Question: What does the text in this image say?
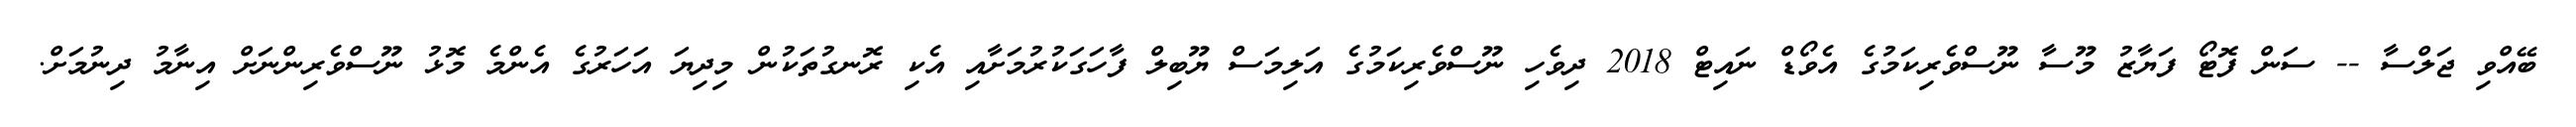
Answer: ބޭއްވި ޖަލްސާ -- ސަން ފޮޓޯ ފަޔާޒު މޫސާ ނޫސްވެރިކަމުގެ އެވޯޑް ނައިޓް 2018 ދިވެހި ނޫސްވެރިކަމުގެ އަލިމަސް ޔޫބިލް ފާހަގަކުރުމަށާއި އެކި ރޮނގުތަކުން މިދިޔަ އަހަރުގެ އެންމެ މޮޅު ނޫސްވެރިންނަށް އިނާމު ދިނުމަށް.